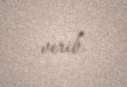
verib.